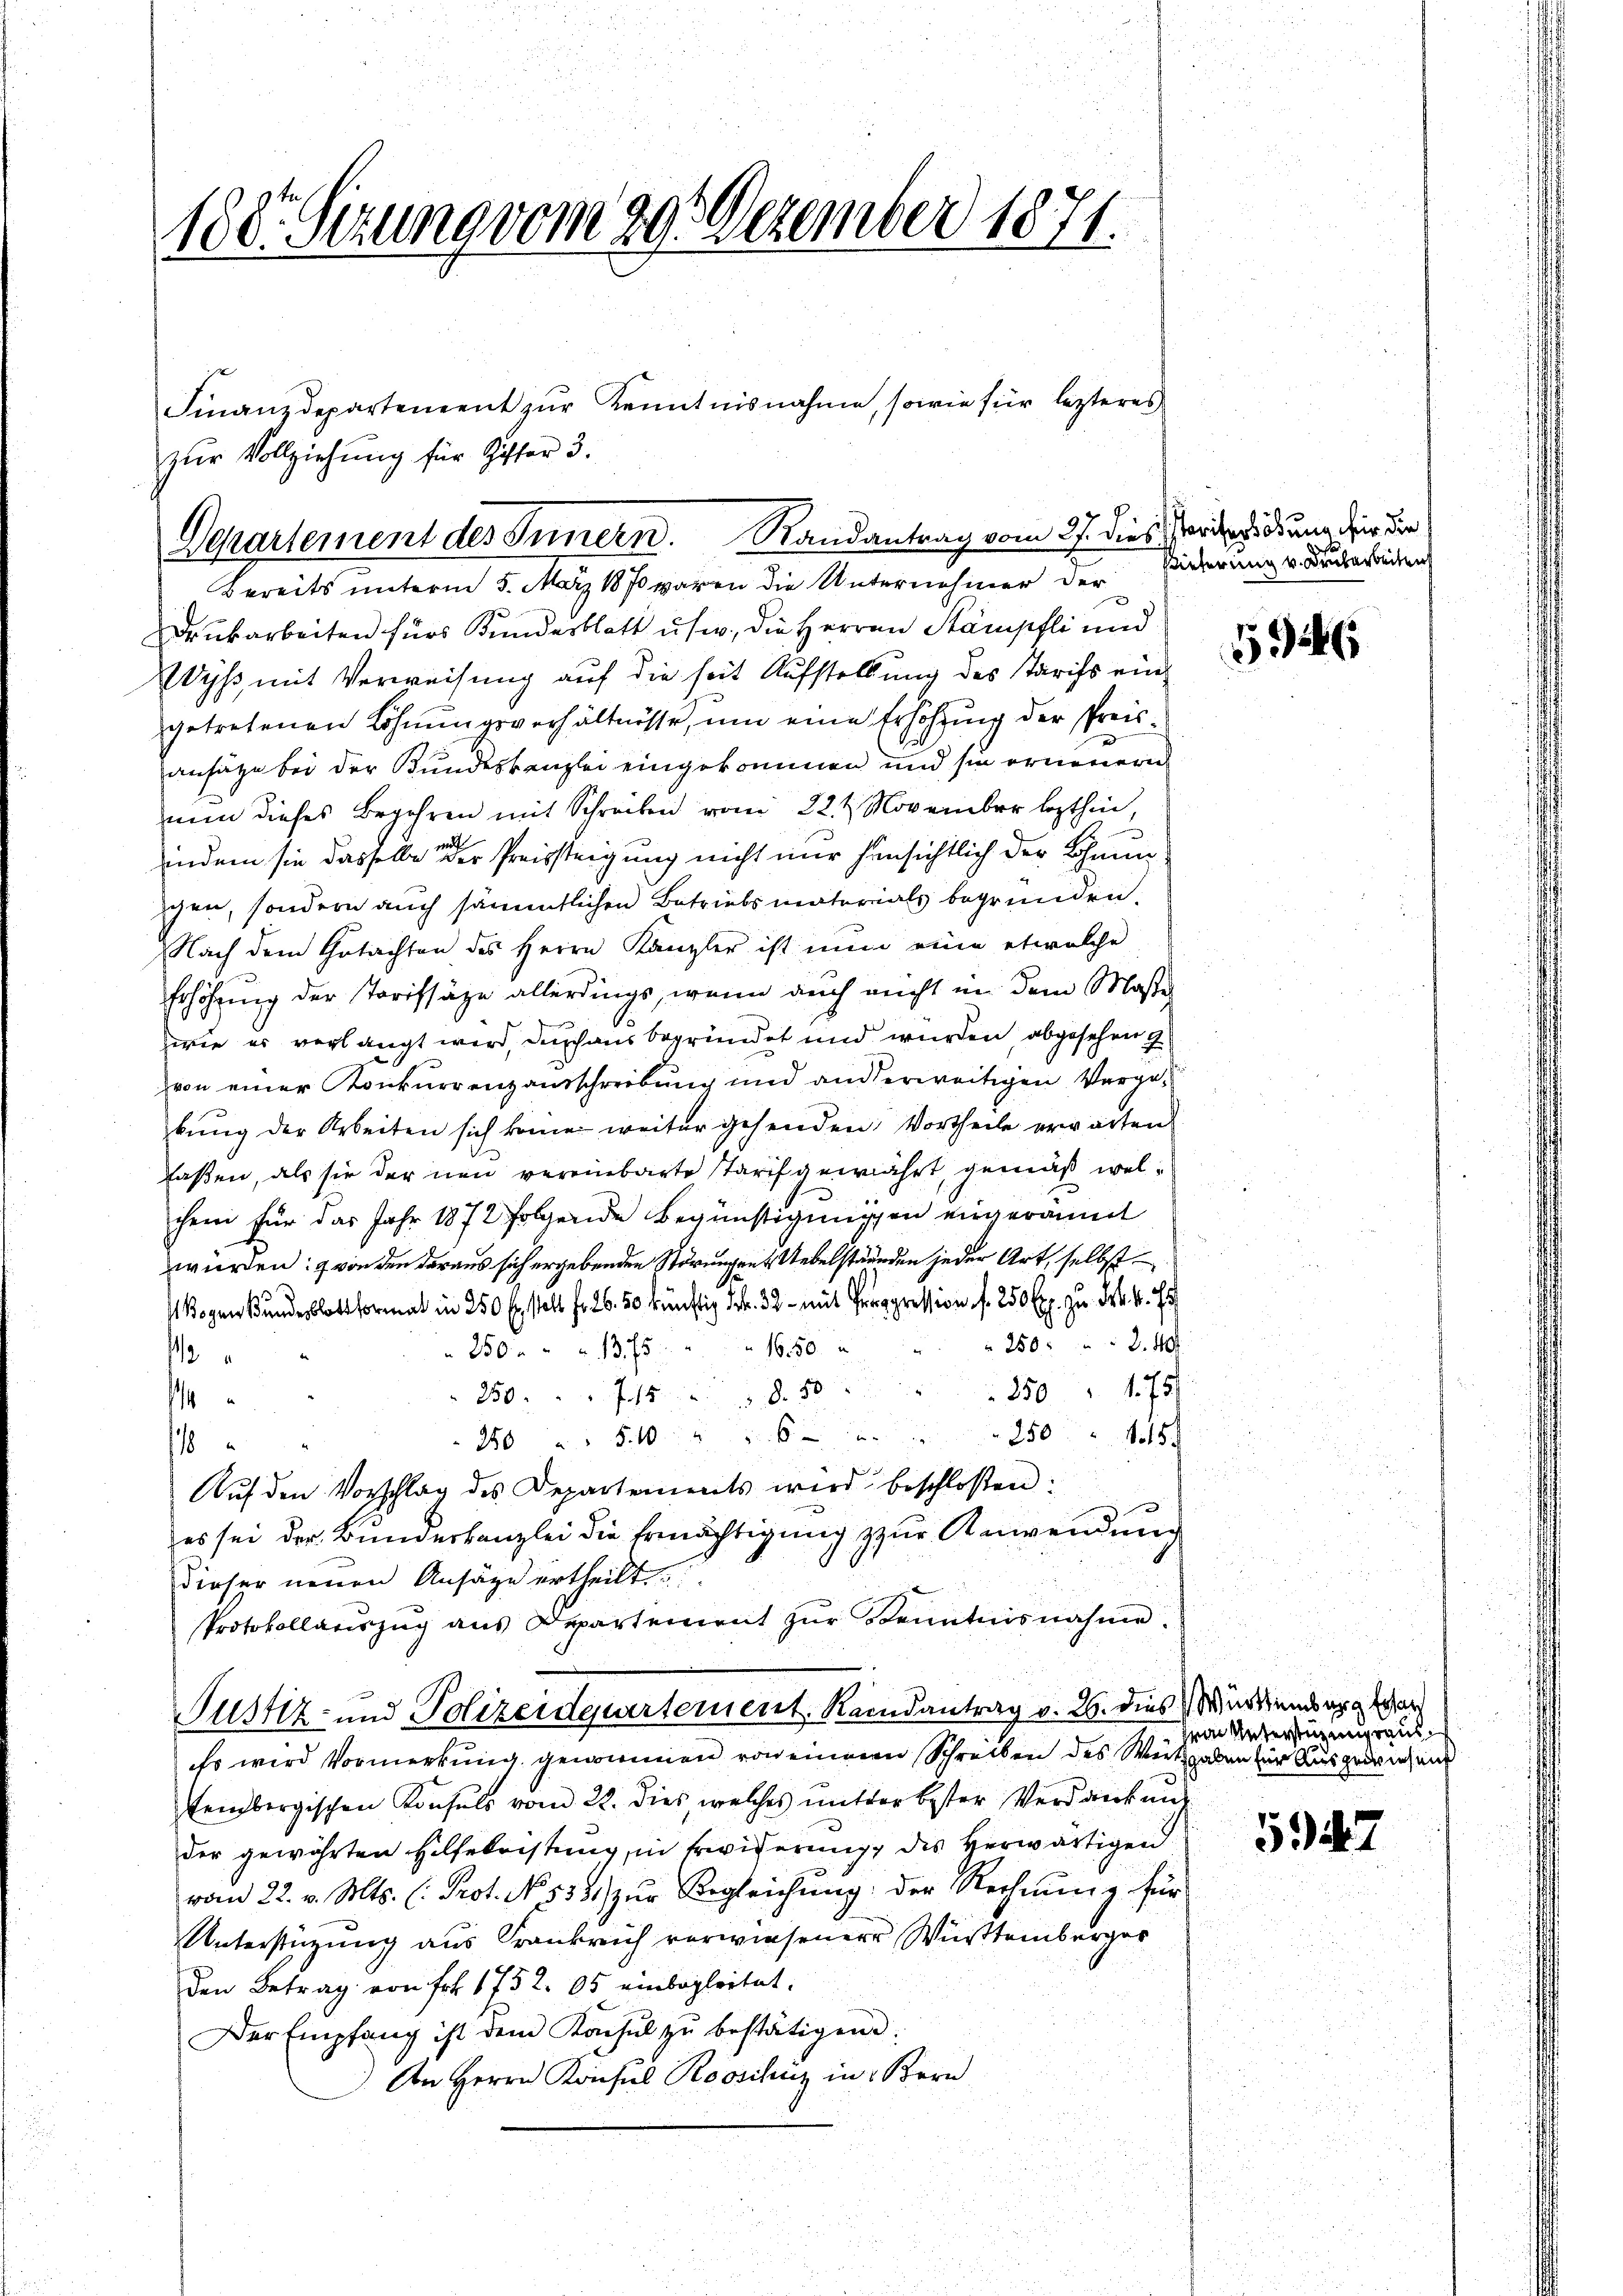
188. Sizung vom 29. Dezember 1871.

zur Vollziehung für Giffer 3.

Finanzdepartement zŭr Kenntnisnahme, sowie für lezteres

Departement des Innern. Randantrag vom 27. dies Vorderung für die
Bereits unterm 5. März 1870 waren die Unternehmer der

Nustiz- und Polizeideuertement. Randantrag v. 26. dies Wartensurger

Drukarbeiten für Kundesblatt usw., die Herren Stämpfli und
Wyß, mit Verweisung auf die seit Aufstellung des Starifs eingetretenen Löhnungsverhältnisse, um eine Erhöhung der Preisansätze bei der Bundeskanzlei eingekommen und sie erneuern
nun dieses Begehren mit Schrecken vom 22. t November lezthin,
indem sie dasselbe der Preissteigung nicht nur hinsichtlich der Grunschen, sondern auch sämmtlichen Betriebsmaterials begründen.
Nach dem Gutachten des Herrn Kanzler ist nun eine etwalche
Erhöhung der Tarifsäze allerdings, wenn auch nicht in dem Masse
zwie es verlangt wird, durchaus begründet und wurden abgesehen G
von einer Konkurrenzausschreibung und anderweitigen Vergebung der Arbeiten sich keine weiter gehenden, Vortheile erwarten
faßen, als sie der neu vereinbarte Tarif gewährt, gemäß welchen für das Jahr 1872 folgende Begünstigungen eingeräumt
würden: von den daraus sich ergebenden Störungen Uebelständen jeder Art, selbst
Wogen Bundesblatt format in 250 fr. soll fr. 26. 50 künftig Frk. 32 mit Prepression f. 250 l. zu Frk. 4. Es
 250 f 240
16.50.
250.     1375
1
250 175
250 f 15 " " 8. 50
1
280 " " 5.40 " " 250 f 18
s
Auf den Vorschlag des Departements wird beschloßen:

es sei der Bundeskanzlei die Ermächtigung zur Anwendung
dieser neuen Ansätze ertheilt.
Protokollariszŭg aŭs Departement zŭr Kenntnisnahme.

ieferung v. Brabarbeiten

Es wird Vormerkung genommen von einer Schreiben des Witz haben für Ausgewan
tenbergischen Konsuls vom 22. dies, welches mitter bester Verdankung
der gewährten Hilfeleistung, in Erwiderung des Herwärtigen
vom 22. v. Mts. (: Prot. No. 535. zur Begleichung der Rechnung für
Unterstüzung aus Frankreich verwiesener Württemberger
den Betrag von Frk. 1752. 05 einbegleitet.
Der Empfang ist dem Kacsŭl zŭ bestätigen
An Herrn Kaises Roosihiz in Bern

6

Hron Unterstützungsauss

527